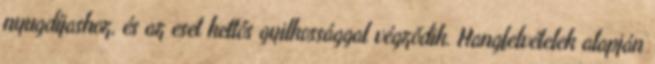
nyugdíjashoz, és az eset kettős gyilkossággal végződik. Hangfelvételek alapján